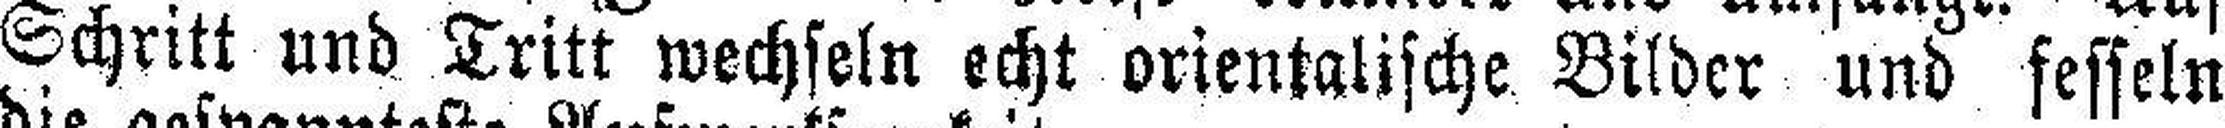
Schritt und Tritt wechseln echt orientalische Bilder und fesseln